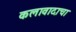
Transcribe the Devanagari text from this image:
कलावादाचा